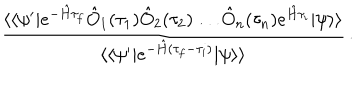
\frac { \langle \langle \psi ^ { \prime } | e ^ { - \hat { H } \tau _ { f } } \hat { O } _ { 1 } ( \tau _ { 1 } ) \hat { O } _ { 2 } ( \tau _ { 2 } ) \ldots \hat { O } _ { n } ( \tau _ { n } ) e ^ { \hat { H } \tau _ { i } } | \psi \rangle \rangle } { \langle \langle \psi ^ { \prime } | e ^ { - \hat { H } ( \tau _ { f } - \tau _ { i } ) } | \psi \rangle \rangle } \, .